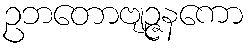
ဥဘတောဗျဉ္ဇနကော